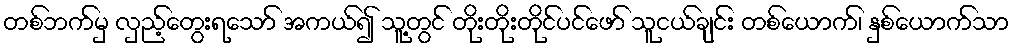
တစ်ဘက်မှ လှည့်တွေးရသော် အကယ်၍ သူ့တွင် တိုးတိုးတိုင်ပင်ဖော် သူငယ်ချင်း တစ်ယောက်၊ နှစ်ယောက်သာ